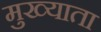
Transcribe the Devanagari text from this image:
मुख्याता